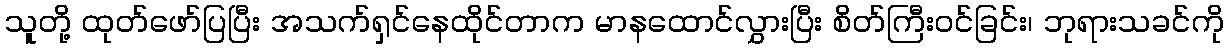
သူတို့ ထုတ်ဖော်ပြပြီး အသက်ရှင်နေထိုင်တာက မာနထောင်လွှားပြီး စိတ်ကြီးဝင်ခြင်း၊ ဘုရားသခင်ကို